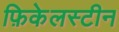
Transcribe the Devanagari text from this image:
फ़िकेलस्टीन